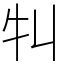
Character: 㸨